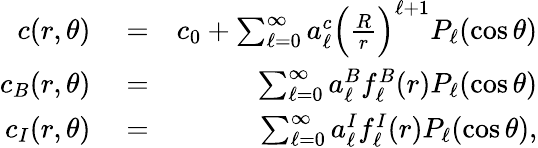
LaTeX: \begin{array}{rlr}{c(r,\theta)}&{{}=}&{c_{0}+\sum_{\ell=0}^{\infty}a_{\ell}^{c}\Big(\frac{R}{r}\Big)^{\ell+1}P_{\ell}(\cos\theta)}\\ {c_{B}(r,\theta)}&{{}=}&{\sum_{\ell=0}^{\infty}a_{\ell}^{B}f_{\ell}^{B}(r)P_{\ell}(\cos\theta)}\\ {c_{I}(r,\theta)}&{{}=}&{\sum_{\ell=0}^{\infty}a_{\ell}^{I}f_{\ell}^{I}(r)P_{\ell}(\cos\theta),}\end{array}